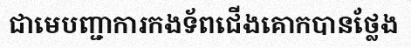
ជាមេបញ្ជាការកងទ័ពជើងគោកបានថ្លែង